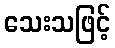
သေးသဖြင့်